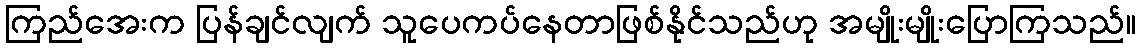
ကြည်အေးက ပြန်ချင်လျက် သူပေကပ်နေတာဖြစ်နိုင်သည်ဟု အမျိုးမျိုးပြောကြသည်။